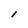
Character: l